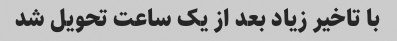
با تاخیر زیاد بعد از یک ساعت تحویل شد